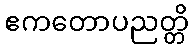
ဧကတောပညတ္တိ